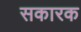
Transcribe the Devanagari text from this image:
सकारक